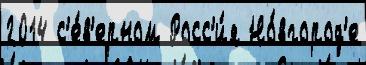
2014 с'е́в'ерном Росс'и́я Но́вгород'е